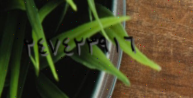
٢٤٧٤٢٣٩١٦